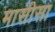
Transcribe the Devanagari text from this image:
मासीसा